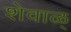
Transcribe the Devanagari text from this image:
शेवाळ्